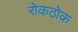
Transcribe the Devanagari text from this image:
रोकठोक